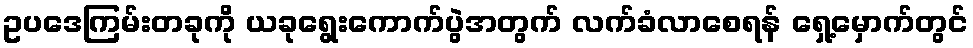
ဥပဒေကြမ်းတခုကို ယခုရွေးကောက်ပွဲအတွက် လက်ခံလာစေရန် ရှေ့မှောက်တွင်